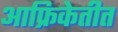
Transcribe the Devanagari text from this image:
आफ्रिकेतीत